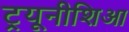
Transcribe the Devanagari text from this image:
ट्रयूनीशिआ